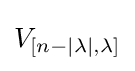
V_{[n-|\lambda |,\lambda ]}